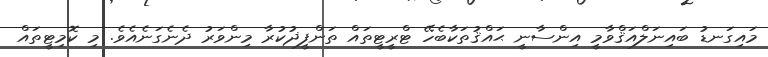
މައިގަނޑު ބައިނަލްއަޤްވާމީ އިންސާނީ ޙައްޤުތަކާބެހޭ ޓްރީޓީތައް ތަންފީޛުކުރާ މިންވަރު ދެނެގަނެއެވެ. މި ކޮމިޓީތައް